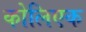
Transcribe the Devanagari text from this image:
कोलिएक